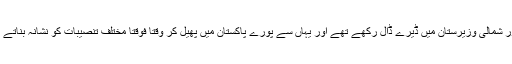
اُس دور میں دہشت گردوں نے جنوبی اور شمالی وزیرستان میں ڈیرے ڈال رکھے تھے اور یہاں سے پورے پاکستان میں پھیل کر وقتاً فوقتاً مختلف تنصیبات کو نشانہ بناتے رہے اور لوگوں کا قتلِ عام کرتے رہے۔